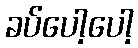
ခပ်ပေါ့ပေါ့